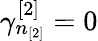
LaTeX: \gamma_{n_{[2]}}^{[2]}=0